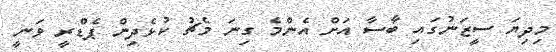
މިދިޔަ ސީޒަނުގައި ބާސާ އަށް އެންމެ ގިނަ މެޗު ކުޅެދިން ޕެޑްރީ ވަނީ